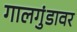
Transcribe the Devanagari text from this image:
गालगुंडावर